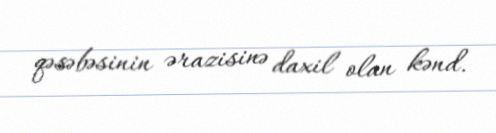
qəsəbəsinin ərazisinə daxil olan kənd.